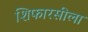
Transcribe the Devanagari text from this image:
शिफारसीला